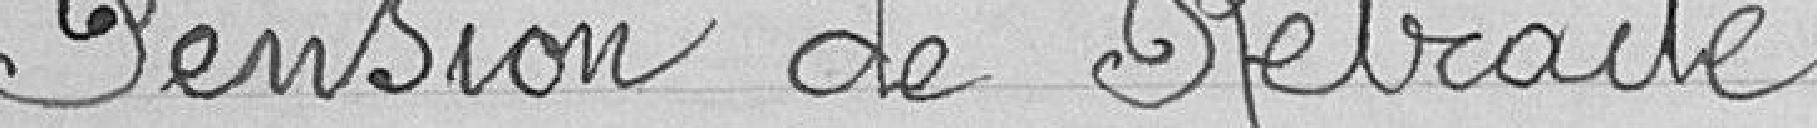
Pension de Retraite